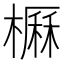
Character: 𣙽